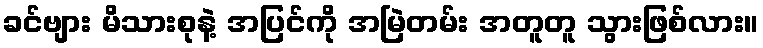
ခင်ဗျား မိသားစုနဲ့ အပြင်ကို အမြဲတမ်း အတူတူ သွားဖြစ်လား။